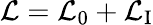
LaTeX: {\mathcal{L}}={\mathcal{L}}_{0}+{\mathcal{L}}_{\mathrm{I}}